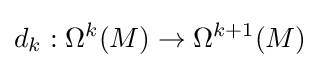
d_{k}:\Omega ^{k}(M)\rightarrow \Omega ^{k+1}(M)